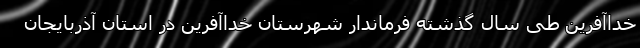
خداآفرین طی سال گذشته فرماندار شهرستان خداآفرین در استان آذربایجان